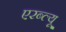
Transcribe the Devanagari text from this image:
एरब्ल्यू